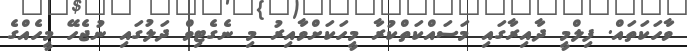
ވާހަކަތައް. ފިލްމީ ދާއިރާގައި މަސައްކަތްކުރާ މީހަކަށްވާއިރު މި ނެގެޓިވް ދަލުގައި ނުޖެހޭ މީހެއްގެ